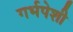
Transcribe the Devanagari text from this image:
गर्भपेशी